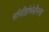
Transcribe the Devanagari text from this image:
पॉलीप्रोपेलीनचा